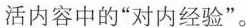
活中的”对内经验”。